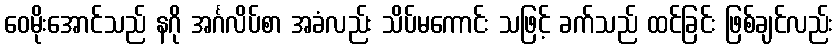
ဝေမိုးအောင်သည် နဂို အင်္ဂလိပ်စာ အခံလည်း သိပ်မကောင်း သဖြင့် ခက်သည် ထင်ခြင်း ဖြစ်ချင်လည်း